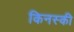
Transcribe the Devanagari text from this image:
किनस्की